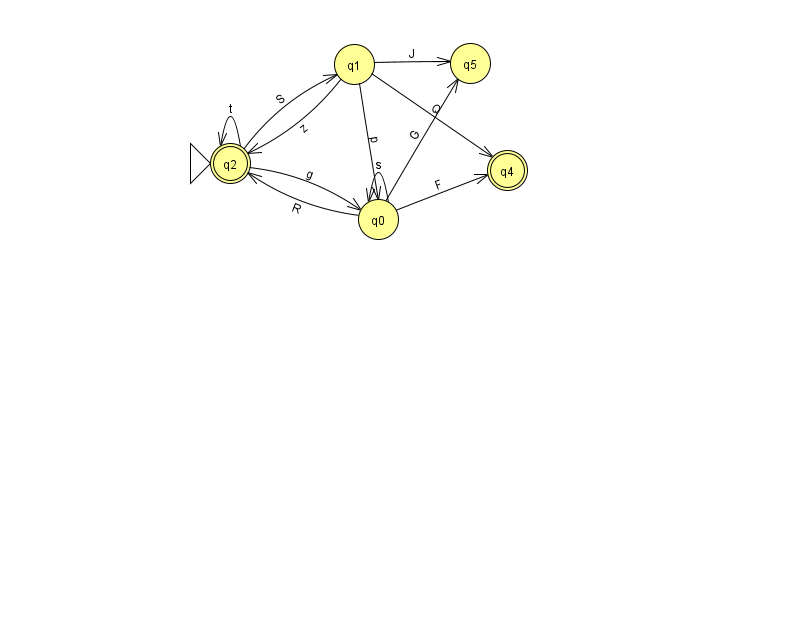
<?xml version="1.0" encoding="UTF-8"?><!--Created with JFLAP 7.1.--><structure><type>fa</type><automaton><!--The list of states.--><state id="0" name="q0"><x>378.0</x><y>206.0</y></state><state id="1" name="q1"><x>354.0</x><y>51.0</y></state><state id="2" name="q2"><x>230.0</x><y>150.0</y><initial/><final/></state><state id="4" name="q4"><x>507.0</x><y>157.0</y><final/></state><state id="5" name="q5"><x>470.0</x><y>50.0</y></state><!--The list of transitions.--><transition><from>1</from><to>4</to><read>Q</read></transition><transition><from>0</from><to>2</to><read>R</read></transition><transition><from>0</from><to>5</to><read>G</read></transition><transition><from>0</from><to>0</to><read>s</read></transition><transition><from>0</from><to>4</to><read>F</read></transition><transition><from>1</from><to>0</to><read>p</read></transition><transition><from>2</from><to>2</to><read>t</read></transition><transition><from>2</from><to>0</to><read>g</read></transition><transition><from>2</from><to>1</to><read>S</read></transition><transition><from>1</from><to>5</to><read>J</read></transition><transition><from>1</from><to>2</to><read>z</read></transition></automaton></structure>